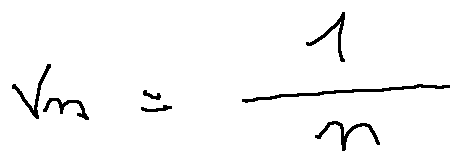
v _ { n } = \frac { 1 } { n }